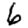
Digit: 6